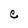
Character: e